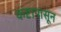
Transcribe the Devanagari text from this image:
कष्टापासून